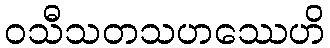
ဝသီသတသဟဿေဟိ